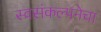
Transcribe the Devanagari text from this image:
स्वसंकल्पनेचा